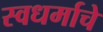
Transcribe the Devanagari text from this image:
स्वधर्माचे